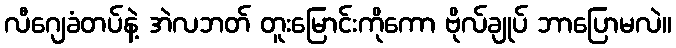
လီဂျေခံတပ်နဲ့ အဲလဘတ် တူးမြောင်းကိုကော ဗိုလ်ချုပ် ဘာပြောမလဲ။